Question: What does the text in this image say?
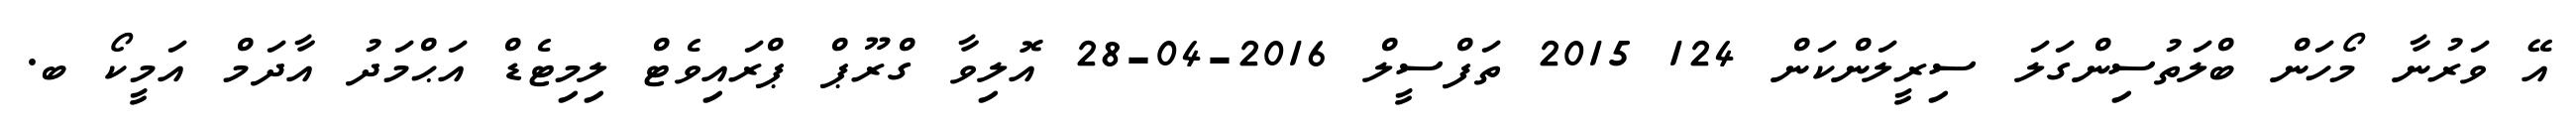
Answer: އޭ ވަރުނާ މޯހަން ބްލަތުސިންގަލަ ސިރީލަންކަން 124 2015 ތަފްސީލް 2016-04-28 އޮލިވާ ގްރޫޕް ޕްރައިވެޓް ލިމިޓެޑް އަޙްމަދު އާދަމް އަމީކޯ ބ.